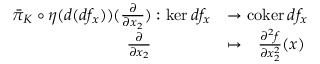
\begin{array} { r l } { \bar { \pi } _ { K } \circ \eta ( d ( d f _ { x } ) ) ( \frac { \partial } { \partial x _ { 2 } } ) : \ker d f _ { x } } & { \rightarrow \mathrm { c o k e r \, } d f _ { x } } \\ { \frac { \partial } { \partial x _ { 2 } } \ \ \ \ \ \ \ \ \ \ \ } & { \mapsto \ \ \frac { \partial ^ { 2 } f } { \partial x _ { 2 } ^ { 2 } } ( x ) } \end{array}